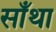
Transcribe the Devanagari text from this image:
साँथा